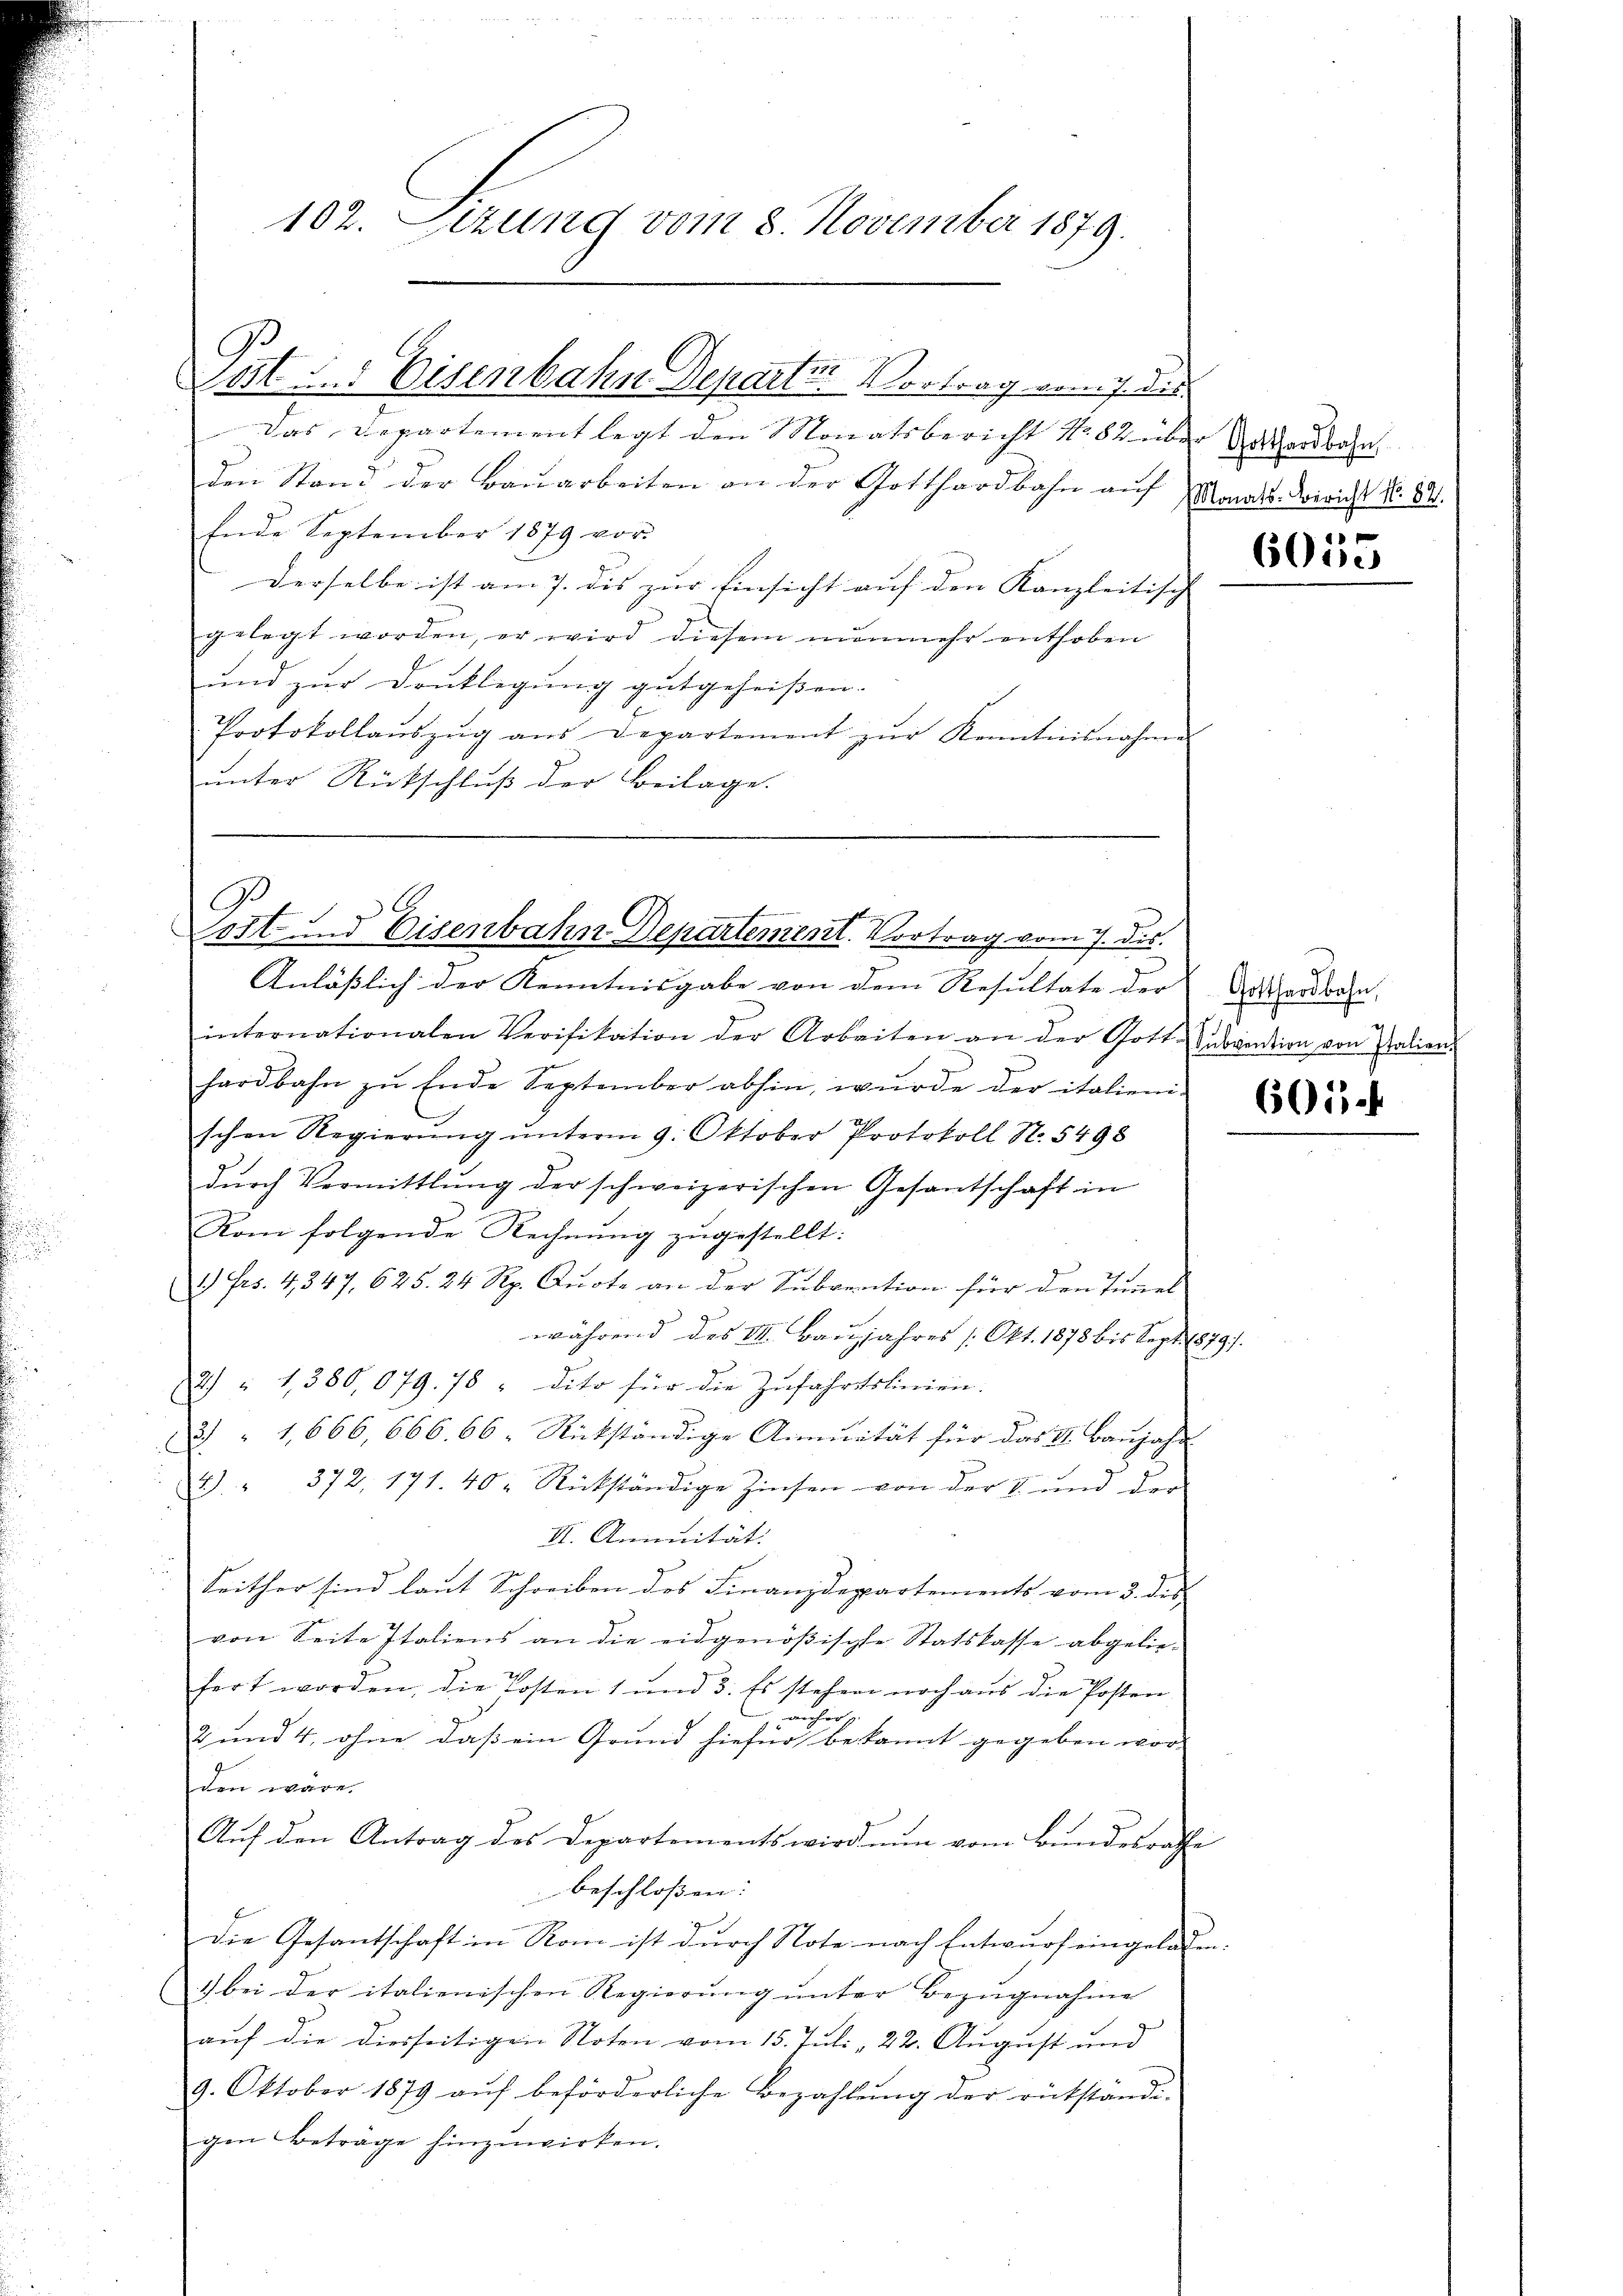
Post u. Eisenbahn Departer Vortrag wenig die

102. Lezung vom 8. November 1879.

Das Departement legt den Monatsbericht No. 82 über Rathardbahn
den Stand der Bauarbeiten an der Gotthardbahn auf Monats-Korricht No. 82.
Ende September 1879 vor.
Derselbe ist am 7. dis zur Einsicht auf den Kanzleitisch- |
gelegt worden, er wird diesem nŭnmehr enthoben
und zur Drucklegung gutgeheißen.
Protokollaŭszŭg ans Departement zŭr Kenntnisnahme
unter Rückschluß der Beilage.

G.
Post und Eisenbahn Departement. Vortrag vom 7. dis
Anläßlich der Kenntnisgabe von dem Resultate der Aushardbahn

internationalen Verifikation der Arbeiten an der Gott Subvention von Italien-
hardbahn zŭ Ende September abhin, wurde der italieni-
schen Regierŭng ŭnterm 9. Oktober Protokoll N. 5498
dŭrch Vermittlung der schweizerischen Gesantschaft in
Rom folgende Rechnung zugestellt:
1.) Frs. 4, 347. 625. 24 Rp. Quote an der Subvention für den Tunnel
während des II. Baujjahres /: Okt. 1878 bis Sept. 1879).
2) " 1380,079. 78 " dito für die Zŭfahrtslinien.
3 " 1,666, 666. 66. Rückständige Annuität für das VI. Banjahr
2. " 372, 171. 40 Rückständige Zinsen von der II und der
II. Annuität.
Seither sind laut Schreiben des Finanzdepartements vom 3. des
von Seite Italiens an die eidgenößische Statskasse abgelie-
fert worden, die Kosten 1 und 3. Es stehen noch aus die Posten
näher
u
2 und 4, ohne, daß ein Grund hiefür bekannt gegeben wor-
den wäre.
Aŭf den Antrag des Departements wird nun vom Bundesrathe
beschlossen:
Die Gesantschaft in Rom ist durch Note nach Entwurf eingelassen.
1) bei der italienischen Regierŭng ŭnter Bezŭgnahme
auf die diesseitigen Noten vom 15. Juli 22. August und
9. Oktober 1879 aŭf beförderliche Bezahlŭng der rükständi-
gen Beträge hinzuwirken.

6055

601